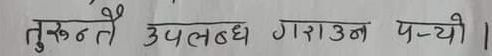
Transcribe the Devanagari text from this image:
तुरुन्तै उपलब्ध गराउन पऱ्यो ।